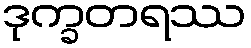
ဒုက္ခတရဿ